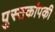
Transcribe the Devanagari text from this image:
पुस्तकांपकी